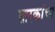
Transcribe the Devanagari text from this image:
तारकांचा